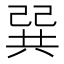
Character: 巽